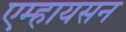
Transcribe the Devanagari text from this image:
एम्हायसन